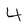
Character: 4